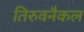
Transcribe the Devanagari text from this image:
तिरुवनैकल